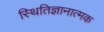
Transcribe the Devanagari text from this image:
स्थितिज्ञानात्मक